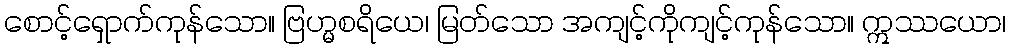
စောင့်ရှောက်ကုန်သော။ ဗြဟ္မစရိယေ၊ မြတ်သော အကျင့်ကိုကျင့်ကုန်သော။ ဣဿယော၊